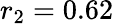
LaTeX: r_{2}=0.62